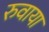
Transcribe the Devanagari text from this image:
रुवाया